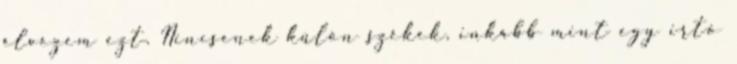
élvezem ezt. Nincsenek külön székek, inkább mint egy irtó